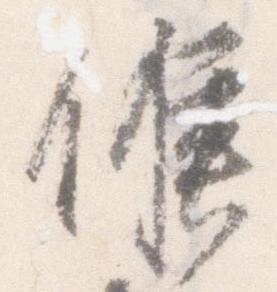
候